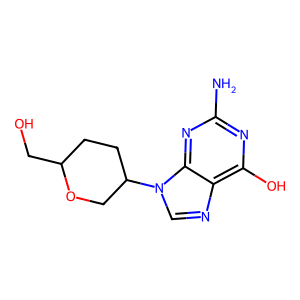
SMILES: Nc1nc(O)c2ncn(C3CCC(CO)OC3)c2n1
Inhibits HIV replication: No